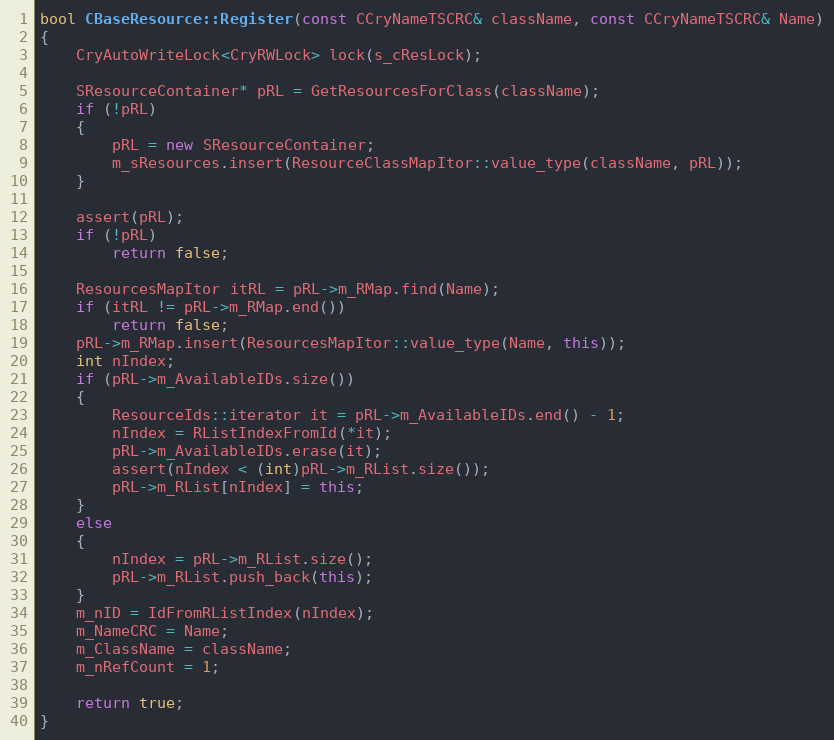
Language: C++
bool CBaseResource::Register(const CCryNameTSCRC& className, const CCryNameTSCRC& Name)
{
	CryAutoWriteLock<CryRWLock> lock(s_cResLock);

	SResourceContainer* pRL = GetResourcesForClass(className);
	if (!pRL)
	{
		pRL = new SResourceContainer;
		m_sResources.insert(ResourceClassMapItor::value_type(className, pRL));
	}

	assert(pRL);
	if (!pRL)
		return false;

	ResourcesMapItor itRL = pRL->m_RMap.find(Name);
	if (itRL != pRL->m_RMap.end())
		return false;
	pRL->m_RMap.insert(ResourcesMapItor::value_type(Name, this));
	int nIndex;
	if (pRL->m_AvailableIDs.size())
	{
		ResourceIds::iterator it = pRL->m_AvailableIDs.end() - 1;
		nIndex = RListIndexFromId(*it);
		pRL->m_AvailableIDs.erase(it);
		assert(nIndex < (int)pRL->m_RList.size());
		pRL->m_RList[nIndex] = this;
	}
	else
	{
		nIndex = pRL->m_RList.size();
		pRL->m_RList.push_back(this);
	}
	m_nID = IdFromRListIndex(nIndex);
	m_NameCRC = Name;
	m_ClassName = className;
	m_nRefCount = 1;

	return true;
}